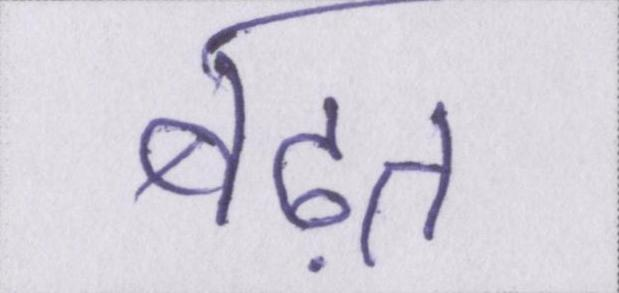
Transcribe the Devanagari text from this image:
बढ़त